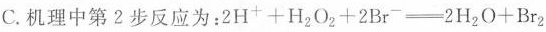
C.机理中第2步反应为：$$2 H ^ { + } + H _ { 2 } O _ { 2 } + 2 B r ^ { - } =